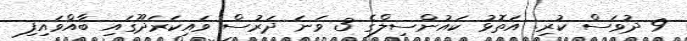
9 ދުވަސް ކުރި. އަތޮޅު ކައުންސިލްގެ 3 ވަނަ ދަރުސް ވައިކަރަދޫގައި ބާއްވައިފި